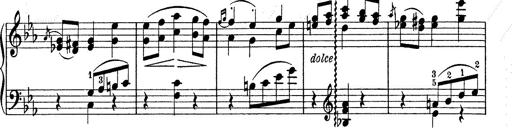
Title: 6 Polish Songs
Composer: Franz Liszt